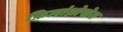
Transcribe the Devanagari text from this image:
फ़िलांथ्रोपोस